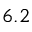
6 . 2